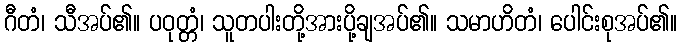
ဂီတံ၊ သီအပ်၏။ ပဝုတ္တံ၊ သူတပါးတို့အားပို့ချအပ်၏။ သမာဟိတံ၊ ပေါင်းစုအပ်၏။